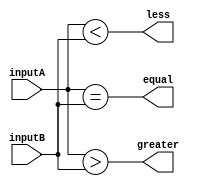
module comparator(
    input [7:0] inputA,
    input [7:0] inputB,
    output equal,
    output greater,
    output less
);

    assign equal = (inputA == inputB);
    assign greater = (inputA > inputB);
    assign less = (inputA < inputB);

endmodule